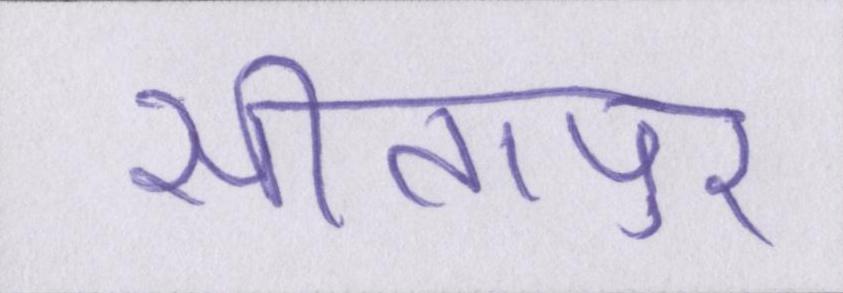
सीतापुर